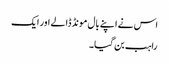
اس نے اپنے بال مونڈ ڈالے اور ایک
راہب بن گیا۔